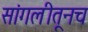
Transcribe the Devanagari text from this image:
सांगलीतूनच